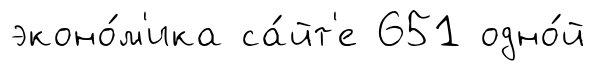
эконо́м'ика са́йт'е 651 одно́й